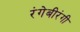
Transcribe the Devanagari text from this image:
रंगेबीरंगी